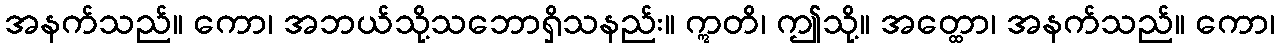
အနက်သည်။ ကော၊ အဘယ်သို့သဘောရှိသနည်း။ ဣတိ၊ ဤသို့။ အတ္ထော၊ အနက်သည်။ ကော၊